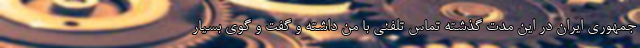
جمهوری ایران در این مدت گذشته تماس تلفنی با من داشته و گفت و گوی بسیار